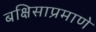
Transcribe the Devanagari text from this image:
बक्षिसाप्रमाणे